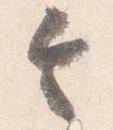
令